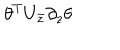
\theta ^ { T } U _ { \bar { z } } \partial _ { z } \theta